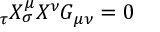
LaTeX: \do _ { \tau } X ^ { \mu } \do _ { \sigma } X ^ { \nu } G _ { \mu \nu } = 0